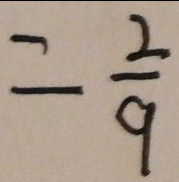
= \frac { 2 } { 9 }